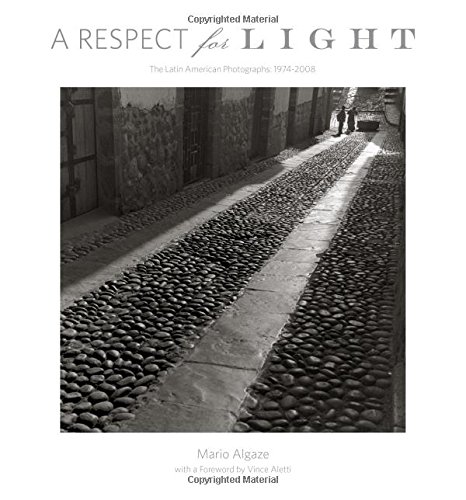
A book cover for A Respect for Light: The Latin American Photographs: 1974 2008; Mario Algaze; Arts & Photography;